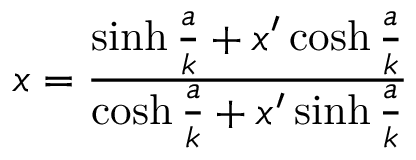
x = { \frac { \sinh { \frac { a } { k } } + x ^ { \prime } \cosh { \frac { a } { k } } } { \cosh { \frac { a } { k } } + x ^ { \prime } \sinh { \frac { a } { k } } } }